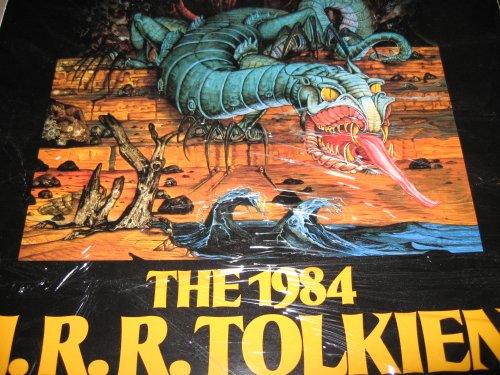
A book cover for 1984 J.R.R. Tolkien Lord of the Rings Calendar, featuring classic artwork by Roger Garland; J.R.R. Tolkien; Calendars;